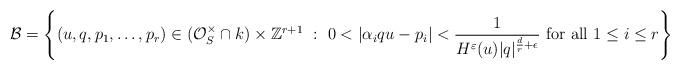
LaTeX: \begin{align*}\mathcal{B} = \left\{(u, q, p_1,\ldots,p_r)\in (\mathcal{O}_S^\times\cap k)\times\mathbb{Z}^{r+1} \ : \ 0<|\alpha_i qu-p_i|<\frac{1}{H^\varepsilon(u)|q|^{\frac{d}{r}+\epsilon}} \mbox{ for all } 1\leq i\leq r\right\}\end{align*}